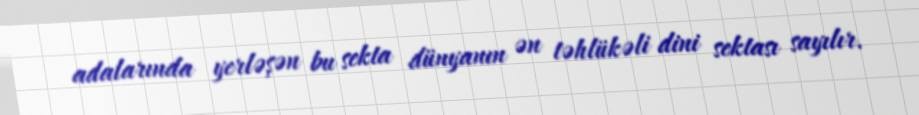
adalarında yerləşən bu sekta dünyanın ən təhlükəli dini sektası sayılır.